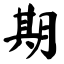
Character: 期